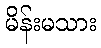
မိန်းမသား